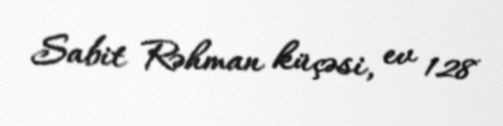
Sabit Rəhman küçəsi, ev 128